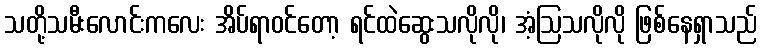
သတို့သမီးလောင်းကလေး အိပ်ရာဝင်တော့ ရင်ထဲဆွေးသလိုလို၊ အံ့ဩသလိုလို ဖြစ်နေရှာသည်